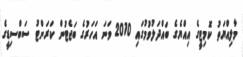
މާލިއްޔަތު ކޮމިޓީގެ އިއްޔެގެ ބައްދަލުވުމުގައި 2010 ވަނަ އަހަރުގެ ބަޖެޓުން ކަރަންޓު ސަބްސިޑީގެ